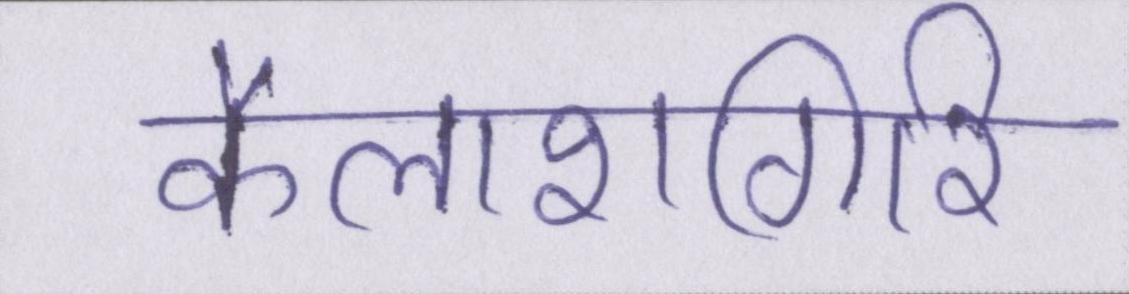
कैलाशगिरि